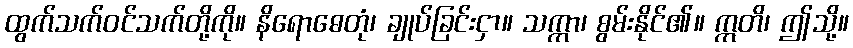
ထွက်သက်ဝင်သက်တို့ကို။ နိရောဓေတုံ၊ ချုပ်ခြင်းငှာ။ သက္ကာ၊ စွမ်းနိုင်၏။ ဣတိ၊ ဤသို့။